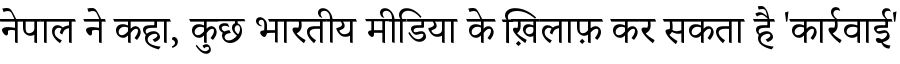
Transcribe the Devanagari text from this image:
नेपाल ने कहा, कुछ भारतीय मीडिया के ख़िलाफ़ कर सकता है 'कार्रवाई'